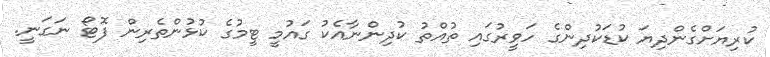
ކުރިޔަށްގެންދިޔަ ކުޑަކުދިންގެ ހަވީރުގައި ތުއްތު ކުދިންނާއެކު ގައުމީ ޓީމުގެ ކުޅުންތެރިން ފޮޓޯ ނަގަނީ.